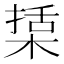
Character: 𣕔